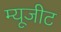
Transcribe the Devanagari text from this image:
म्यूजीट